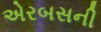
એરબસની